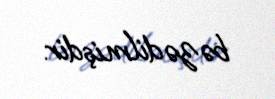
bəzədilmişdir.